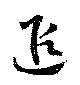
遐